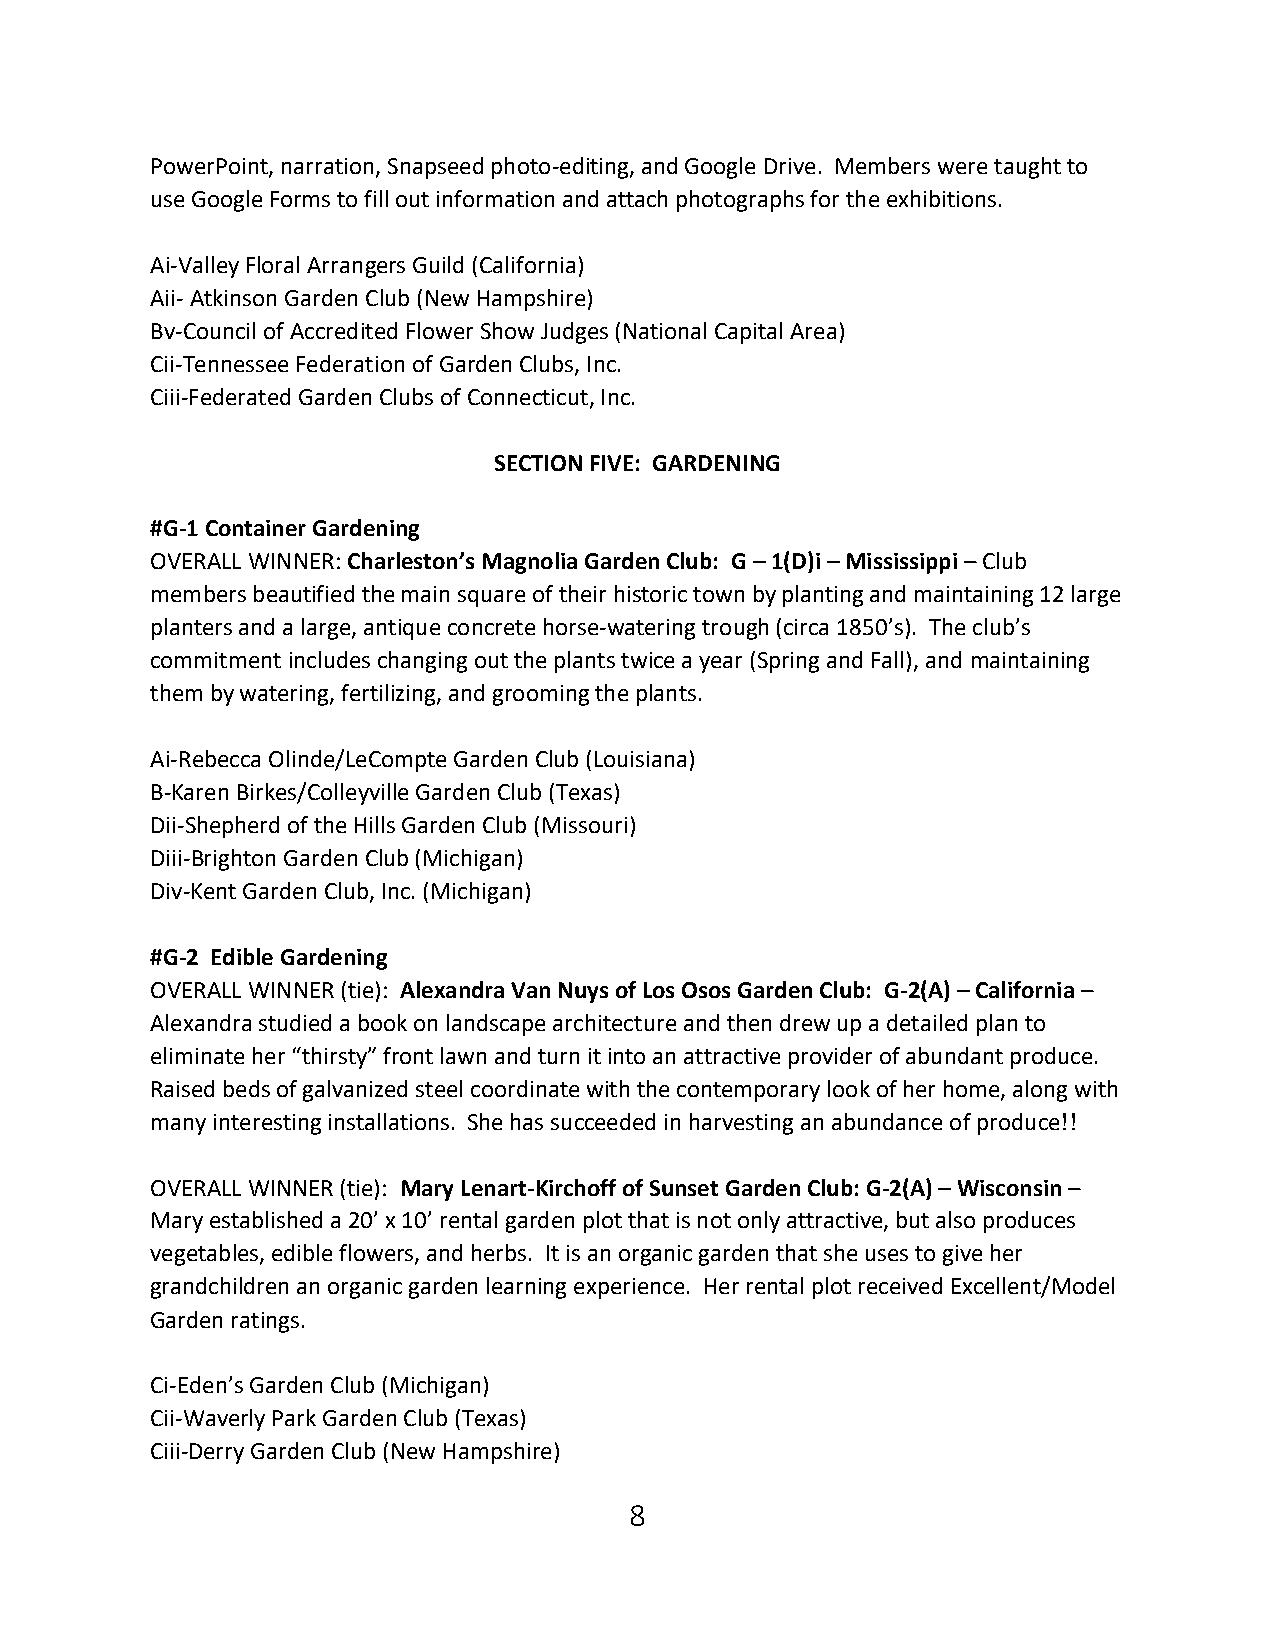
PowerPoint, narration, Snapseed photo-editing, and Google Drive. Members were taught to
 use Google Forms to fill out information and attach photographs for the exhibitions.
 Ai-Valley Floral Arrangers Guild (California)
 Aii- Atkinson Garden Club (New Hampshire)
 Bv-Council of Accredited Flower Show Judges (National Capital Area)
 Cii-Tennessee Federation of Garden Clubs, Inc.
 Ciii-Federated Garden Clubs of Connecticut, Inc.
 SECTION FIVE: GARDENING
 #G-1 Container Gardening
 OVERALL WINNER: Charleston’s Magnolia Garden Club: G – 1(D)i – Mississippi – Club
 members beautified the main square of their historic town by planting and maintaining 12 large
 planters and a large, antique concrete horse-watering trough (circa 1850’s). The club’s
 commitment includes changing out the plants twice a year (Spring and Fall), and maintaining
 them by watering, fertilizing, and grooming the plants.
 Ai-Rebecca Olinde/LeCompte Garden Club (Louisiana)
 B-Karen Birkes/Colleyville Garden Club (Texas)
 Dii-Shepherd of the Hills Garden Club (Missouri)
 Diii-Brighton Garden Club (Michigan)
 Div-Kent Garden Club, Inc. (Michigan)
 #G-2 Edible Gardening
 OVERALL WINNER (tie): Alexandra Van Nuys of Los Osos Garden Club: G-2(A) – California –
 Alexandra studied a book on landscape architecture and then drew up a detailed plan to
 eliminate her “thirsty” front lawn and turn it into an attractive provider of abundant produce.
 Raised beds of galvanized steel coordinate with the contemporary look of her home, along with
 many interesting installations. She has succeeded in harvesting an abundance of produce!!
 OVERALL WINNER (tie): Mary Lenart-Kirchoff of Sunset Garden Club: G-2(A) – Wisconsin –
 Mary established a 20’ x 10’ rental garden plot that is not only attractive, but also produces
 vegetables, edible flowers, and herbs. It is an organic garden that she uses to give her
 grandchildren an organic garden learning experience. Her rental plot received Excellent/Model
 Garden ratings.
 Ci-Eden’s Garden Club (Michigan)
 Cii-Waverly Park Garden Club (Texas)
 Ciii-Derry Garden Club (New Hampshire)
 8